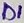
Text: D1